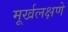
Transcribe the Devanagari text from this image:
मूर्खलक्षणे